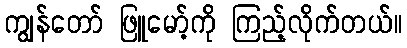
ကျွန်တော် ဖြူမော့်ကို ကြည့်လိုက်တယ်။